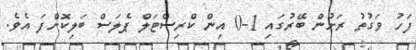
ފަހު ވަގުތު ރަށުން ބޭރުގައި 1-0 އިން ކްރިސްޓަލް ޕެލަސް ބަލިކޮށްފަ އެވެ.